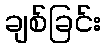
ချစ်ခြင်း